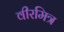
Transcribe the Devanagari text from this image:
वीरमित्र